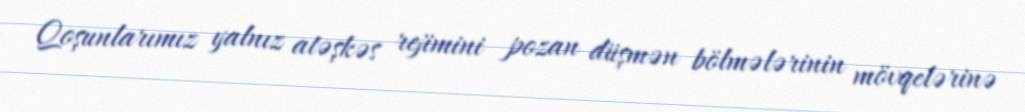
Qoşunlarımız yalnız atəşkəs rejimini pozan düşmən bölmələrinin mövqelərinə